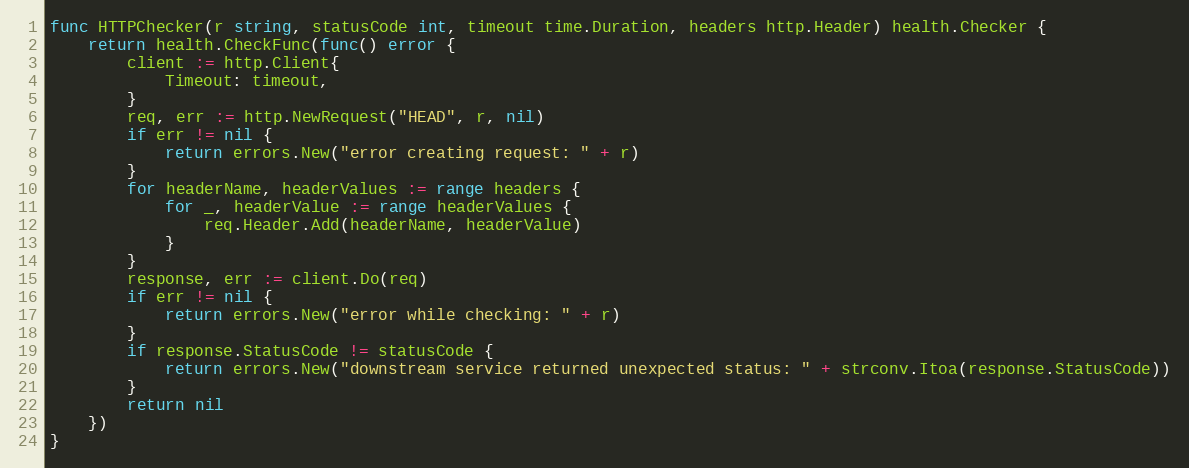
Language: Go
func HTTPChecker(r string, statusCode int, timeout time.Duration, headers http.Header) health.Checker {
	return health.CheckFunc(func() error {
		client := http.Client{
			Timeout: timeout,
		}
		req, err := http.NewRequest("HEAD", r, nil)
		if err != nil {
			return errors.New("error creating request: " + r)
		}
		for headerName, headerValues := range headers {
			for _, headerValue := range headerValues {
				req.Header.Add(headerName, headerValue)
			}
		}
		response, err := client.Do(req)
		if err != nil {
			return errors.New("error while checking: " + r)
		}
		if response.StatusCode != statusCode {
			return errors.New("downstream service returned unexpected status: " + strconv.Itoa(response.StatusCode))
		}
		return nil
	})
}